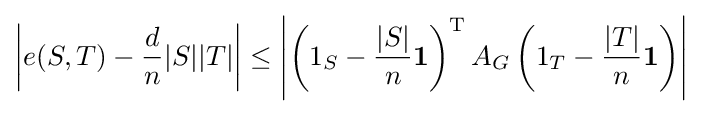
\left|e(S,T)-{\frac {d}{n}}|S||T|\right|\leq \left|\left(1_{S}-{\frac {|S|}{n}}\mathbf {1} \right)^{\operatorname {T} }A_{G}\left(1_{T}-{\frac {|T|}{n}}\mathbf {1} \right)\right|